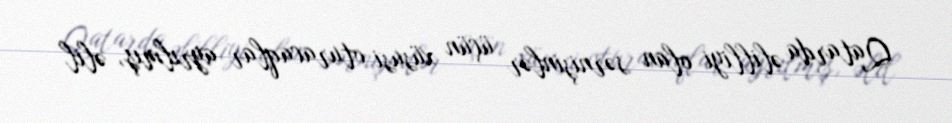
Qatarda əlilliyi olan sərnişinlər üçün xüsusi oturacaqlar ayrılmış, əlil